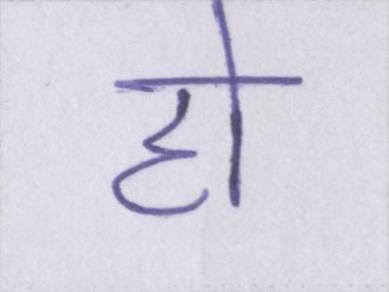
हो